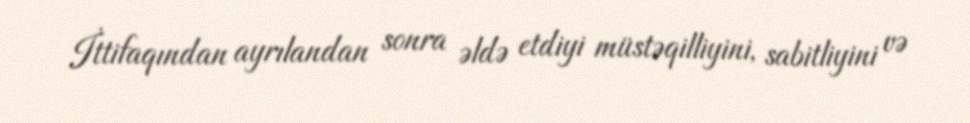
İttifaqından ayrılandan sonra əldə etdiyi müstəqilliyini, sabitliyini və